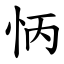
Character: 怲